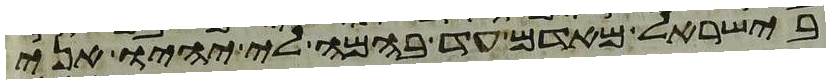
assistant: בישראל מאדם עד בהמה לי יהיו אני